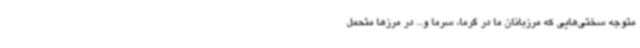
متوجه سختی‌هایی که مرزبانان ما در گرما، سرما و... در مرزها متحمل